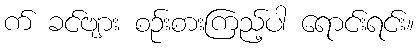
က် ခင်ဗျား စဉ်းစားကြည့်ပါ ရောင်းရင်း။